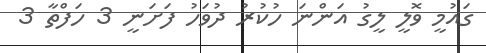
ގައުމީ ވޮލީ ލީގު އަންނަ ހުކުރު ދުވަހު ފަށަނީ 3 ހަފްތާ 3